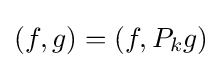
(f,g)=(f,P_{k}g)